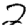
Digit: 2